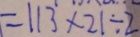
= 1 1 3 \times 2 1 \div 2